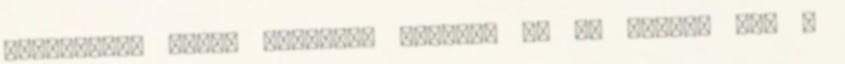
elektromos hajók gyártója szerint ma 70 e-hajó van a